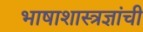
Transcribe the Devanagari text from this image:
भाषाशास्त्रज्ञांची